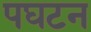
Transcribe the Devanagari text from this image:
पघटन